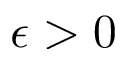
\epsilon > 0